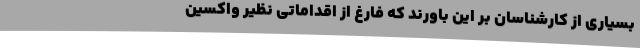
بسیاری از کارشناسان بر این باورند که فارغ از اقداماتی نظیر واکسین